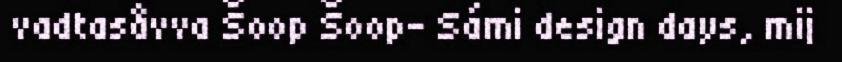
vadtasåvva Šoop Šoop- Sámi design days, mij